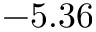
- 5 . 3 6